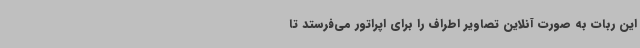
این ربات به صورت آنلاین تصاویر اطراف را برای اپراتور می‌فرستد تا